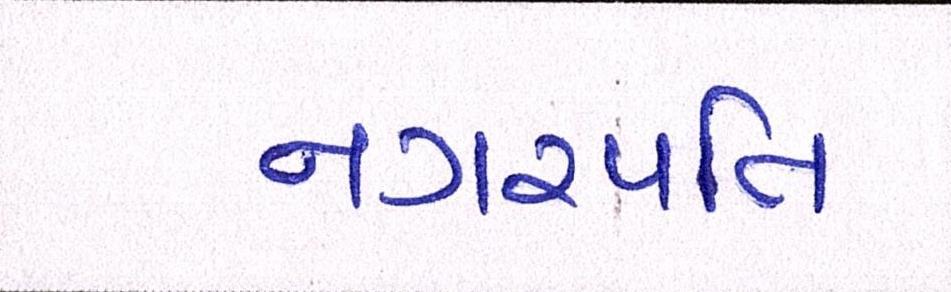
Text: નગરપતિ